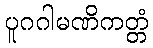
ပူဂဂါမဏိကတ္တံ